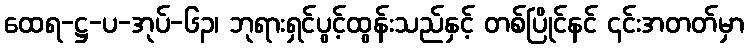
ထေရ-ဋ္ဌ-ပ-အုပ်-၆၃၊ ဘုရားရှင်ပွင့်ထွန်းသည်နှင့် တစ်ပြိုင်နင် ၎င်းအတတ်မှာ